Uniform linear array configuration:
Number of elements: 48
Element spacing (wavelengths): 0.25
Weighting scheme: uniform
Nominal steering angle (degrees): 45
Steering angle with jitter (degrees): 46.334
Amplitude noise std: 0.05
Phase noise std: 0.05

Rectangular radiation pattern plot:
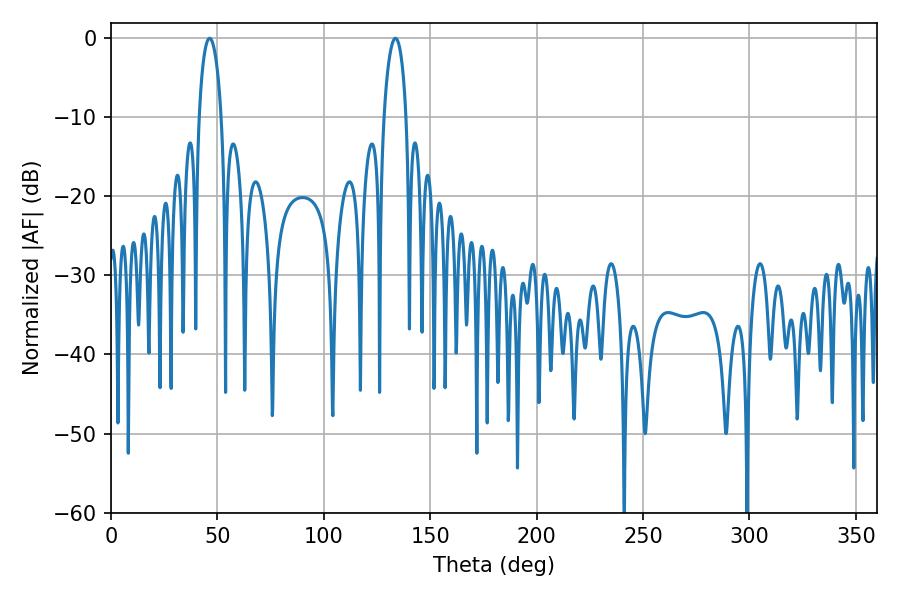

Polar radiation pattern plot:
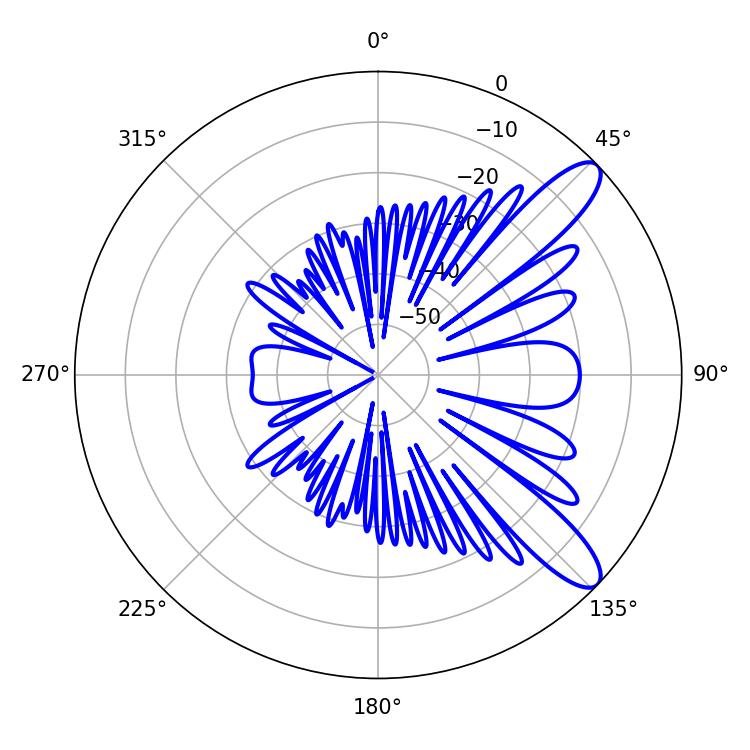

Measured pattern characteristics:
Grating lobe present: FALSE
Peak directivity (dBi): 10.597
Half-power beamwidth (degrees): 5.94
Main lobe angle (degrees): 46.26